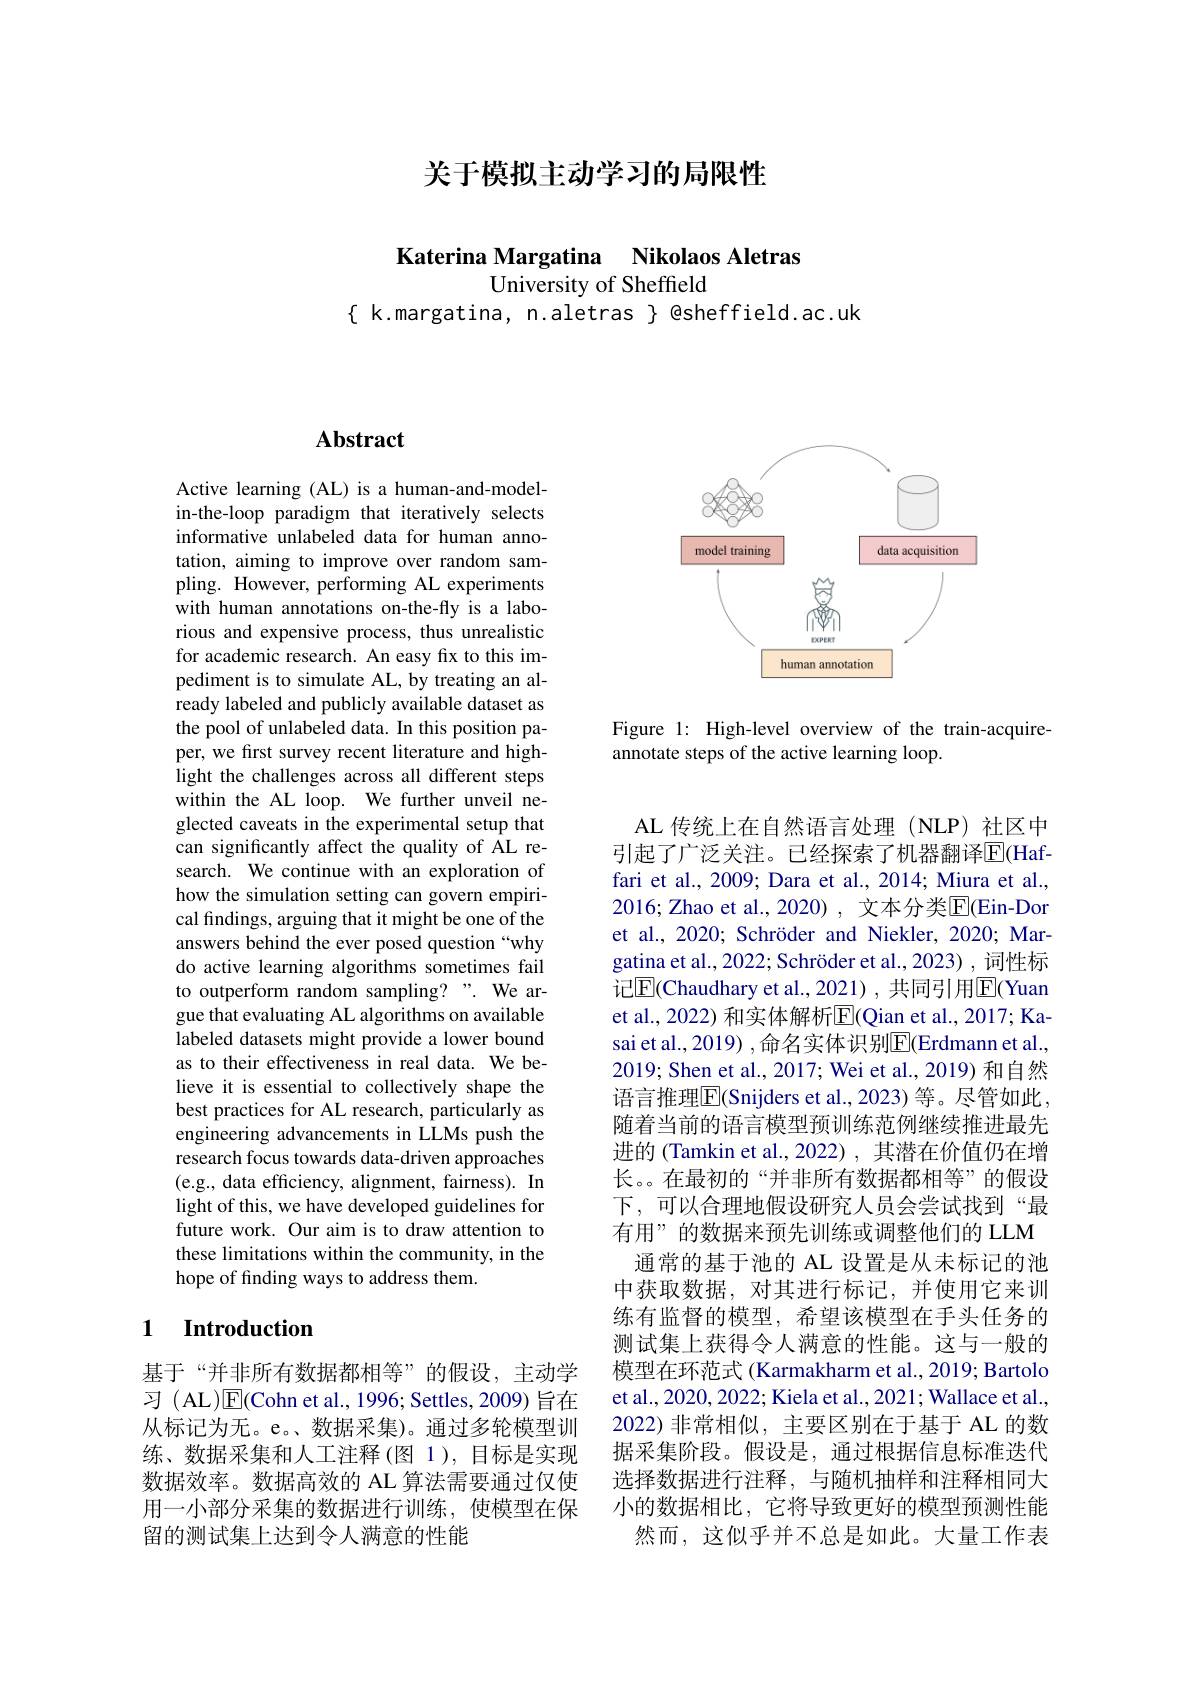
关于模拟主动学习的局限性

Katerina Margatina Nikolaos Aletras

University of Sheffield

$\{$ k.margatina, n.aletras $\}$ @sheffield.ac.uk

## Abstract

Active learning (AL) is a human-and-modelin-the-loop paradigm that iteratively selects informative unlabeled data for human annotation, aiming to improve over random sampling. However, performing AL experiments with human annotations on-the-fly is a laborious and expensive process, thus unrealistic for academic research. An easy fix to this impediment is to simulate AL, by treating an already labeled and publicly available dataset as the pool of unlabeled data. In this position paper, we first survey recent literature and highlight the challenges across all different steps within the AL loop. We further unveil neglected caveats in the experimental setup that can significantly affect the quality of AL research. We continue with an exploration of how the simulation setting can govern empirical findings, arguing that it might be one of the answers behind the ever posed question “why do active learning algorithms sometimes fail to outperform random sampling?". We argue that evaluating AL algorithms on available labeled datasets might provide a lower bound as to their effectiveness in real data. We believe it is essential to collectively shape the best practices for AL research, particularly as engineering advancements in LLMs push the research focus towards data-driven approaches (e.g., data efficiency, alignment, fairness). In light of this, we have developed guidelines for future work. Our aim is to draw attention to these limitations within the community, in the hope of finding ways to address them.

### 1 Introduction

基于“并非所有数据都相等”的假设，主动学习 (AL)$\overline{\mathrm{E}}($Cohn et al., 1996; Settles, 2009) 旨在从标记为无。e。、数据采集)。通过多轮模型训练、数据采集和人工注释(图 1),目标是实现数据效率。数据高效的 AL 算法需要通过仅使用一小部分采集的数据进行训练，使模型在保留的测试集上达到令人满意的性能

<FigureHere>

Figure 1: High-level overview of the train-acquire-
annotate steps of the active learning loop.

AL 传统上在自然语言处理(NLP)社区中引起了广泛关注。已经探索了机器翻译$\overline{\mathrm{E}}($Haffari et al., 2009; Dara et al., 2014; Miura et al., 2016; Zhao et al., 2020) , 文本分类$\overline{\mathrm{E}}($Ein-Dor et al., 2020; Schröder and Niekler, 2020; Margatina et al., 2022; Schröder et al., 2023) , 词性标记$\underline{\mathrm{E}}$(Chaudhary et al.,2021),共同引用$\underline{\mathrm{E}}$(Yuan et al., 2022) 和实体解析$\overline{\mathrm{E}}($Qian et al., 2017; Kasai et al., 2019) ,命名实体识别$\overline{\mathrm{E}}($Erdmann et al., 2019; Shen et al., 2017; Wei et al., 2019) 和自然语言推理$\overline{\mathrm{E}}($Snijders et al., 2023) 等。尽管如此， 随着当前的语言模型预训练范例继续推进最先进的 (Tamkin et al., 2022) , 其潜在价值仍在增长。。在最初的“并非所有数据都相等”的假设下，可以合理地假设研究人员会尝试找到“最有用”的数据来预先训练或调整他们的 LLM 通常的基于池的 AL 设置是从未标记的池中获取数据，对其进行标记，并使用它来训练有监督的模型，希望该模型在手头任务的测试集上获得令人满意的性能。这与一般的模型在环范式 (Karmakharm et al., 2019; Bartolo et al., 2020, 2022; Kiela et al., 2021; Wallace et al., 2022)非常相似，主要区别在于基于 AL 的数据采集阶段。假设是，通过根据信息标准迭代选择数据进行注释，与随机抽样和注释相同大小的数据相比，它将导致更好的模型预测性能
然而，这似乎并不总是如此。大量工作表